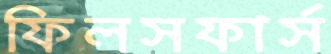
ফিলসফার্স